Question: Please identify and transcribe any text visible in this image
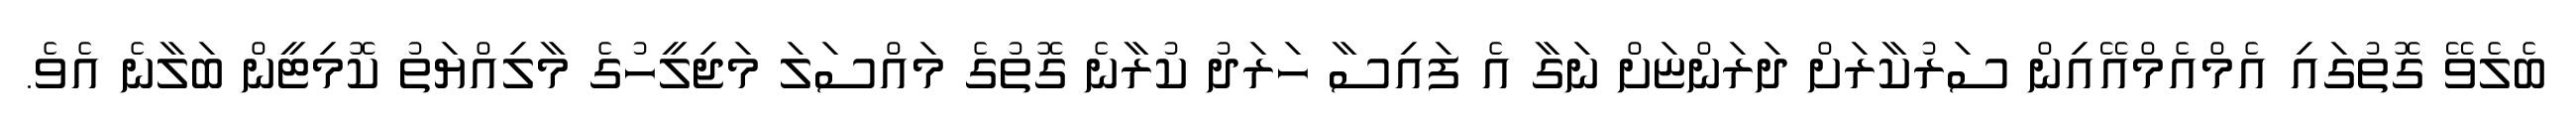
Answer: ބެލެވޭ ގޮތުގައި އެމްއެމްއޭއިން ސަރުކާރަށް ދަރަންޏަށް ނަގާ އެ ފައިސާ ހަރަދު ކުރާނެ ގޮތުގެ މައްސަލަ މަޖިލީހުގެ މާލިއްޔަތު ކޮމިޓީން ބަލާނެ އެވެ.